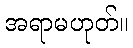
အရာမဟုတ်။